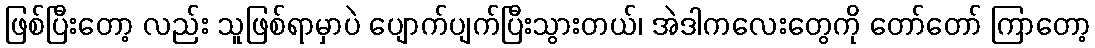
ဖြစ်ပြီးတော့ လည်း သူဖြစ်ရာမှာပဲ ပျောက်ပျက်ပြီးသွားတယ်၊ အဲဒါကလေးတွေကို တော်တော် ကြာတော့